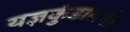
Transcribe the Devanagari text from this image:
यज्ञकुंडासमोर